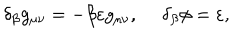
\delta _ { \beta } g _ { \mu \nu } = - \beta \varepsilon g _ { \mu \nu } , \ \delta _ { \beta } \phi = \varepsilon ,